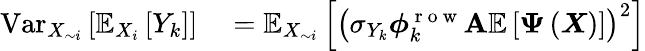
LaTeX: \begin{array}{rl}{\operatorname{Var}_{X_{\sim i}}\left[\mathbb{E}_{X_{i}}\left[Y_{k}\right]\right]}&{{}=\mathbb{E}_{X_{\sim i}}\left[\left(\sigma_{Y_{k}}\boldsymbol{\phi}_{k}^{\mathrm{~r~o~w~}}\mathbf{A}\mathbb{E}\left[\boldsymbol{\Psi}\left(\boldsymbol{X}\right)\right]\right)^{2}\right]}\end{array}